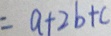
= a + 2 b + c